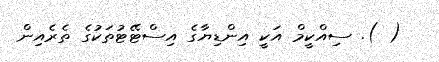
( ). ސިއްކީމް އަކީ އިންޑިޔާގެ އިސްޓޭޓުތަކުގެ ތެރެއިން